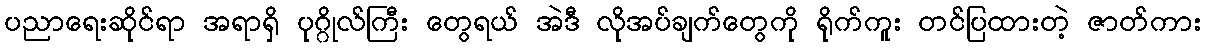
ပညာရေးဆိုင်ရာ အရာရှိ ပုဂ္ဂိုလ်ကြီး တွေရယ် အဲဒီ လိုအပ်ချက်တွေကို ရိုက်ကူး တင်ပြထားတဲ့ ဇာတ်ကား